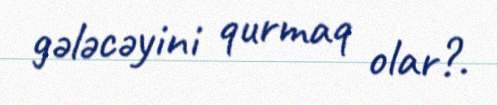
gələcəyini qurmaq olar?.